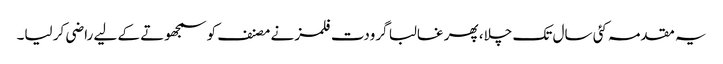
یہ مقدمہ کئی سال تک چلا، پھر غالبا گرودت فلمز نے مصنف کو سمجھوتے کے لیے راضی کر لیا۔